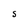
Character: S